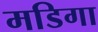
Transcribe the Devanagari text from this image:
मडिगा